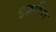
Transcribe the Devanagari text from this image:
युद्धविरा